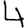
Digit: 4